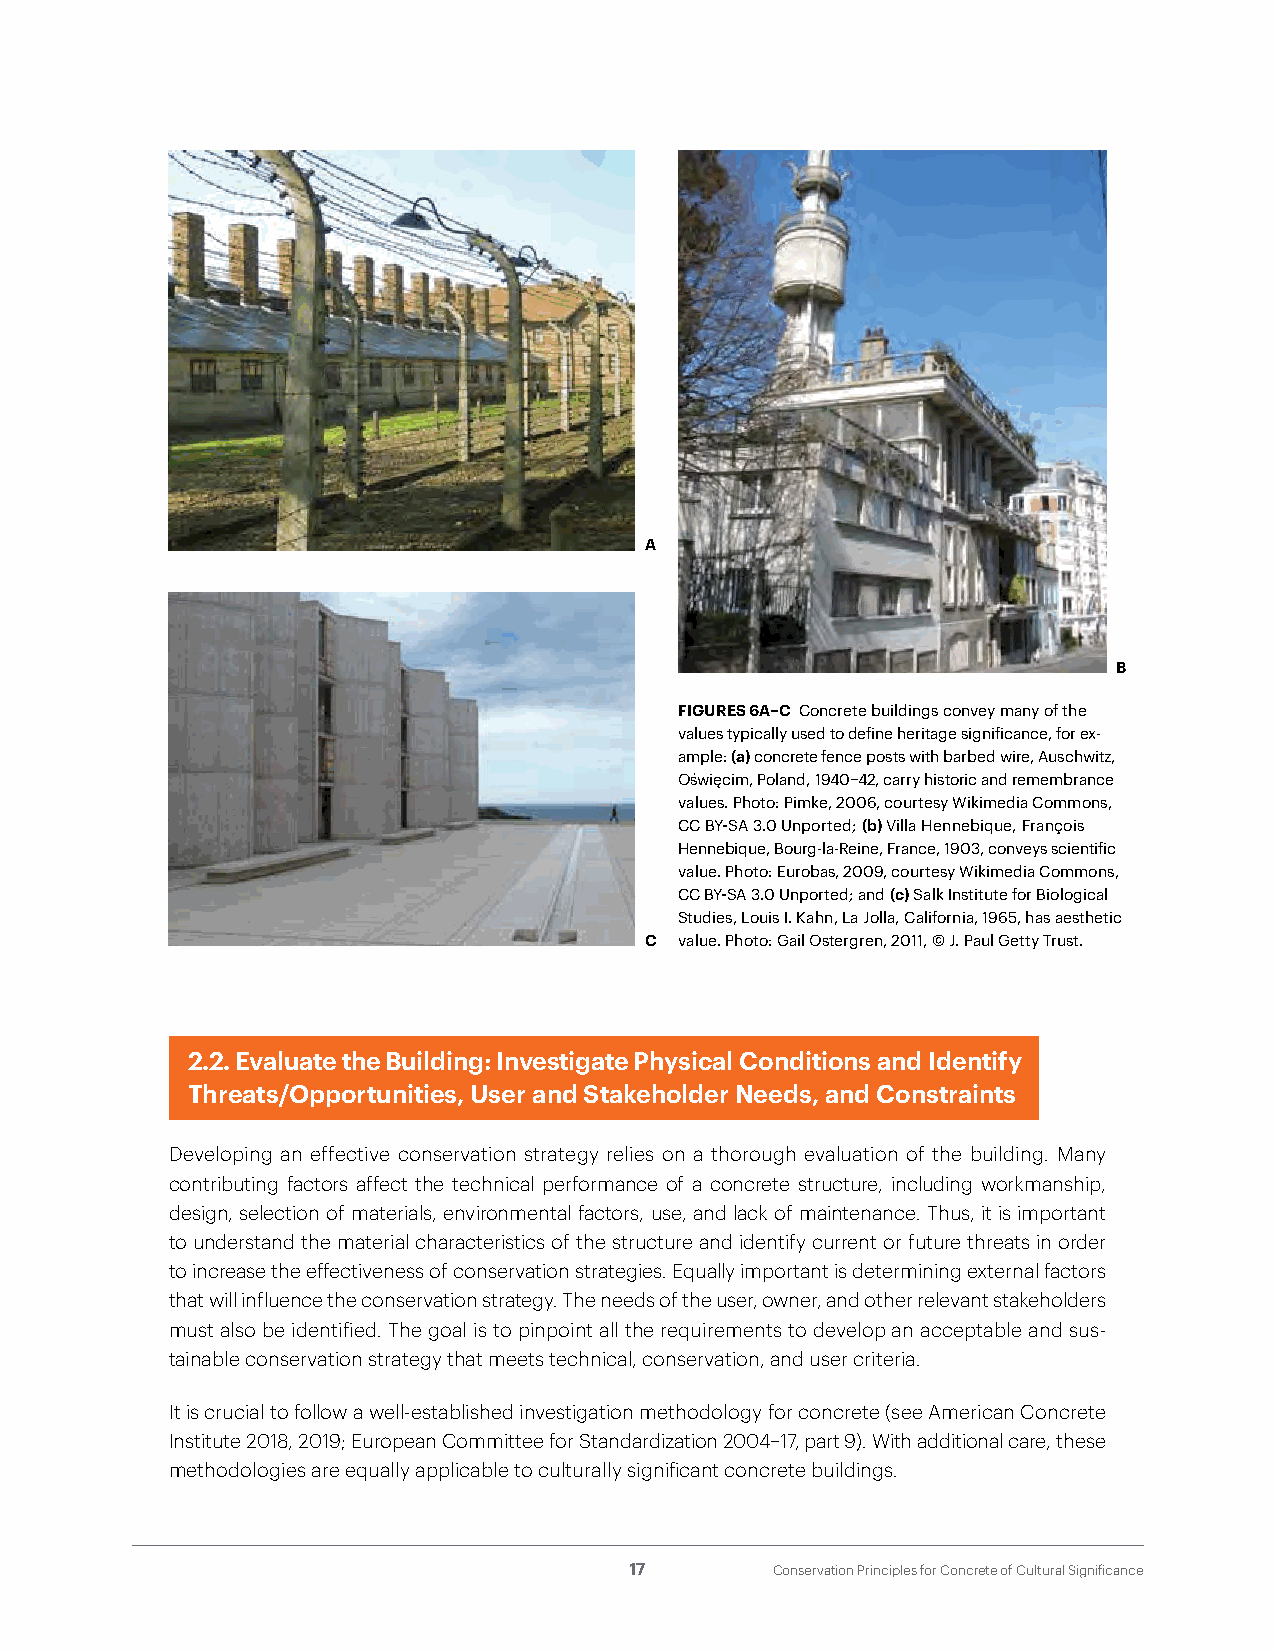
A
 B
 FIGURES 6A–C Concrete buildings convey many of the
 values typically used to define heritage significance, for ex-
 ample: (a) concrete fence posts with barbed wire, Auschwitz,
 Oświęcim, Poland, 1940–42, carry historic and remembrance
 values. Photo: Pimke, 2006, courtesy Wikimedia Commons,
 CC BY-SA 3.0 Unported; (b) Villa Hennebique, François
 Hennebique, Bourg-la-Reine, France, 1903, conveys scientific
 value. Photo: Eurobas, 2009, courtesy Wikimedia Commons,
 CC BY-SA 3.0 Unported; and (c) Salk Institute for Biological
 Studies, Louis I. Kahn, La Jolla, California, 1965, has aesthetic
 C value. Photo: Gail Ostergren, 2011, © J. Paul Getty Trust.
 2.2. Evaluate the Building: Investigate Physical Conditions and Identify
 Threats/Opportunities, User and Stakeholder Needs, and Constraints
 Developing an effective conservation strategy relies on a thorough evaluation of the building. Many
 contributing factors affect the technical performance of a concrete structure, including workmanship,
 design, selection of materials, environmental factors, use, and lack of maintenance. Thus, it is important
 to understand the material characteristics of the structure and identify current or future threats in order
 to increase the effectiveness of conservation strategies. Equally important is determining external factors
 that will influence the conservation strategy. The needs of the user, owner, and other relevant stakeholders
 must also be identified. The goal is to pinpoint all the requirements to develop an acceptable and sus-
 tainable conservation strategy that meets technical, conservation, and user criteria.
 It is crucial to follow a well-established investigation methodology for concrete (see American Concrete
 Institute 2018, 2019; European Committee for Standardization 2004–17, part 9). With additional care, these
 methodologies are equally applicable to culturally significant concrete buildings.
 17       Conservation Principles for Concrete of Cultural Significance